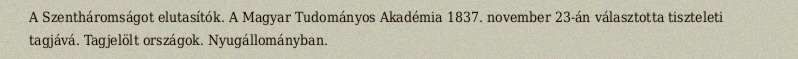
A Szentháromságot elutasítók. A Magyar Tudományos Akadémia 1837. november 23-án választotta tiszteleti tagjává. Tagjelölt országok. Nyugállományban.